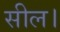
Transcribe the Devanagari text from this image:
सील।